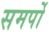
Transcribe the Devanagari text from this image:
समर्पो